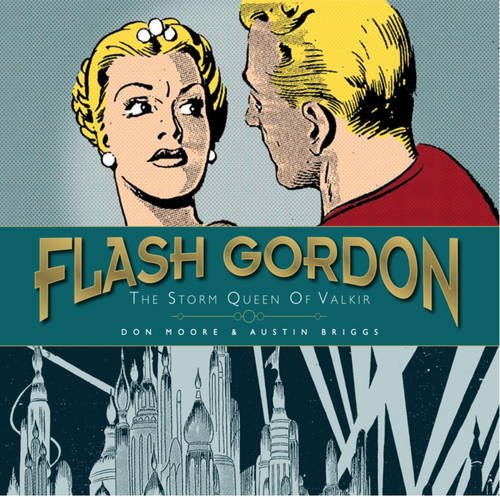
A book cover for Flash Gordon Volume 4: The Storm Queen of Valkir; Don Moore; Comics & Graphic Novels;